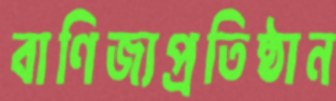
বাণিজ্যপ্রতিষ্ঠান